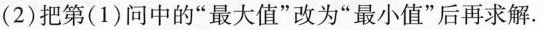
（2）把第（1）问中的“最大值”改为“最小值”后再求解 .